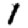
Digit: 1